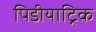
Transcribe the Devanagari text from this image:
पिडीयाट्रिक